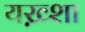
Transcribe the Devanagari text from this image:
यख़्शा